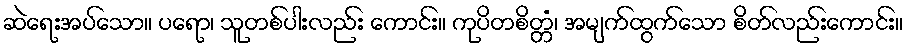
ဆဲရေးအပ်သော။ ပရော၊ သူတစ်ပါးလည်း ကောင်း။ ကုပိတစိတ္တံ၊ အမျက်ထွက်သော စိတ်လည်းကောင်း။